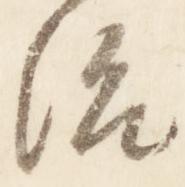
治